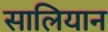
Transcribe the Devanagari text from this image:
सालियान